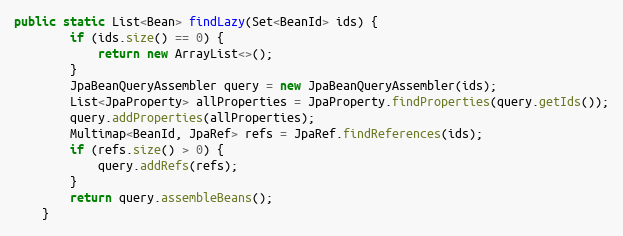
Language: Java
public static List<Bean> findLazy(Set<BeanId> ids) {
        if (ids.size() == 0) {
            return new ArrayList<>();
        }
        JpaBeanQueryAssembler query = new JpaBeanQueryAssembler(ids);
        List<JpaProperty> allProperties = JpaProperty.findProperties(query.getIds());
        query.addProperties(allProperties);
        Multimap<BeanId, JpaRef> refs = JpaRef.findReferences(ids);
        if (refs.size() > 0) {
            query.addRefs(refs);
        }
        return query.assembleBeans();
    }